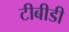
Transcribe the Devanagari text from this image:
टीबीडी